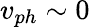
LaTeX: v_{ph}\sim 0